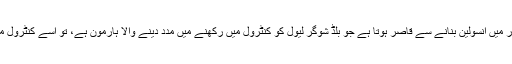
ذیابیطس ٹائپ 2 کے مریضوں کا لبلبہ مناسب مقدار میں انسولین بنانے سے قاصر ہوتا ہے جو بلڈ شوگر لیول کو کنٹرول میں رکھنے میں مدد دینے والا ہارمون ہے، تو اسے کنٹرول میں رکھنے کے لیے متبادل ذرائع کو اپنانا پڑتا ہے۔